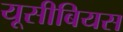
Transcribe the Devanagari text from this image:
यूसीबियस